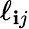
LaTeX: \ell_{\mathbf{i}j}